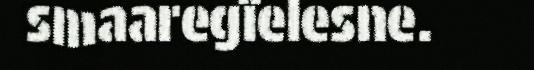
smaaregïelesne.